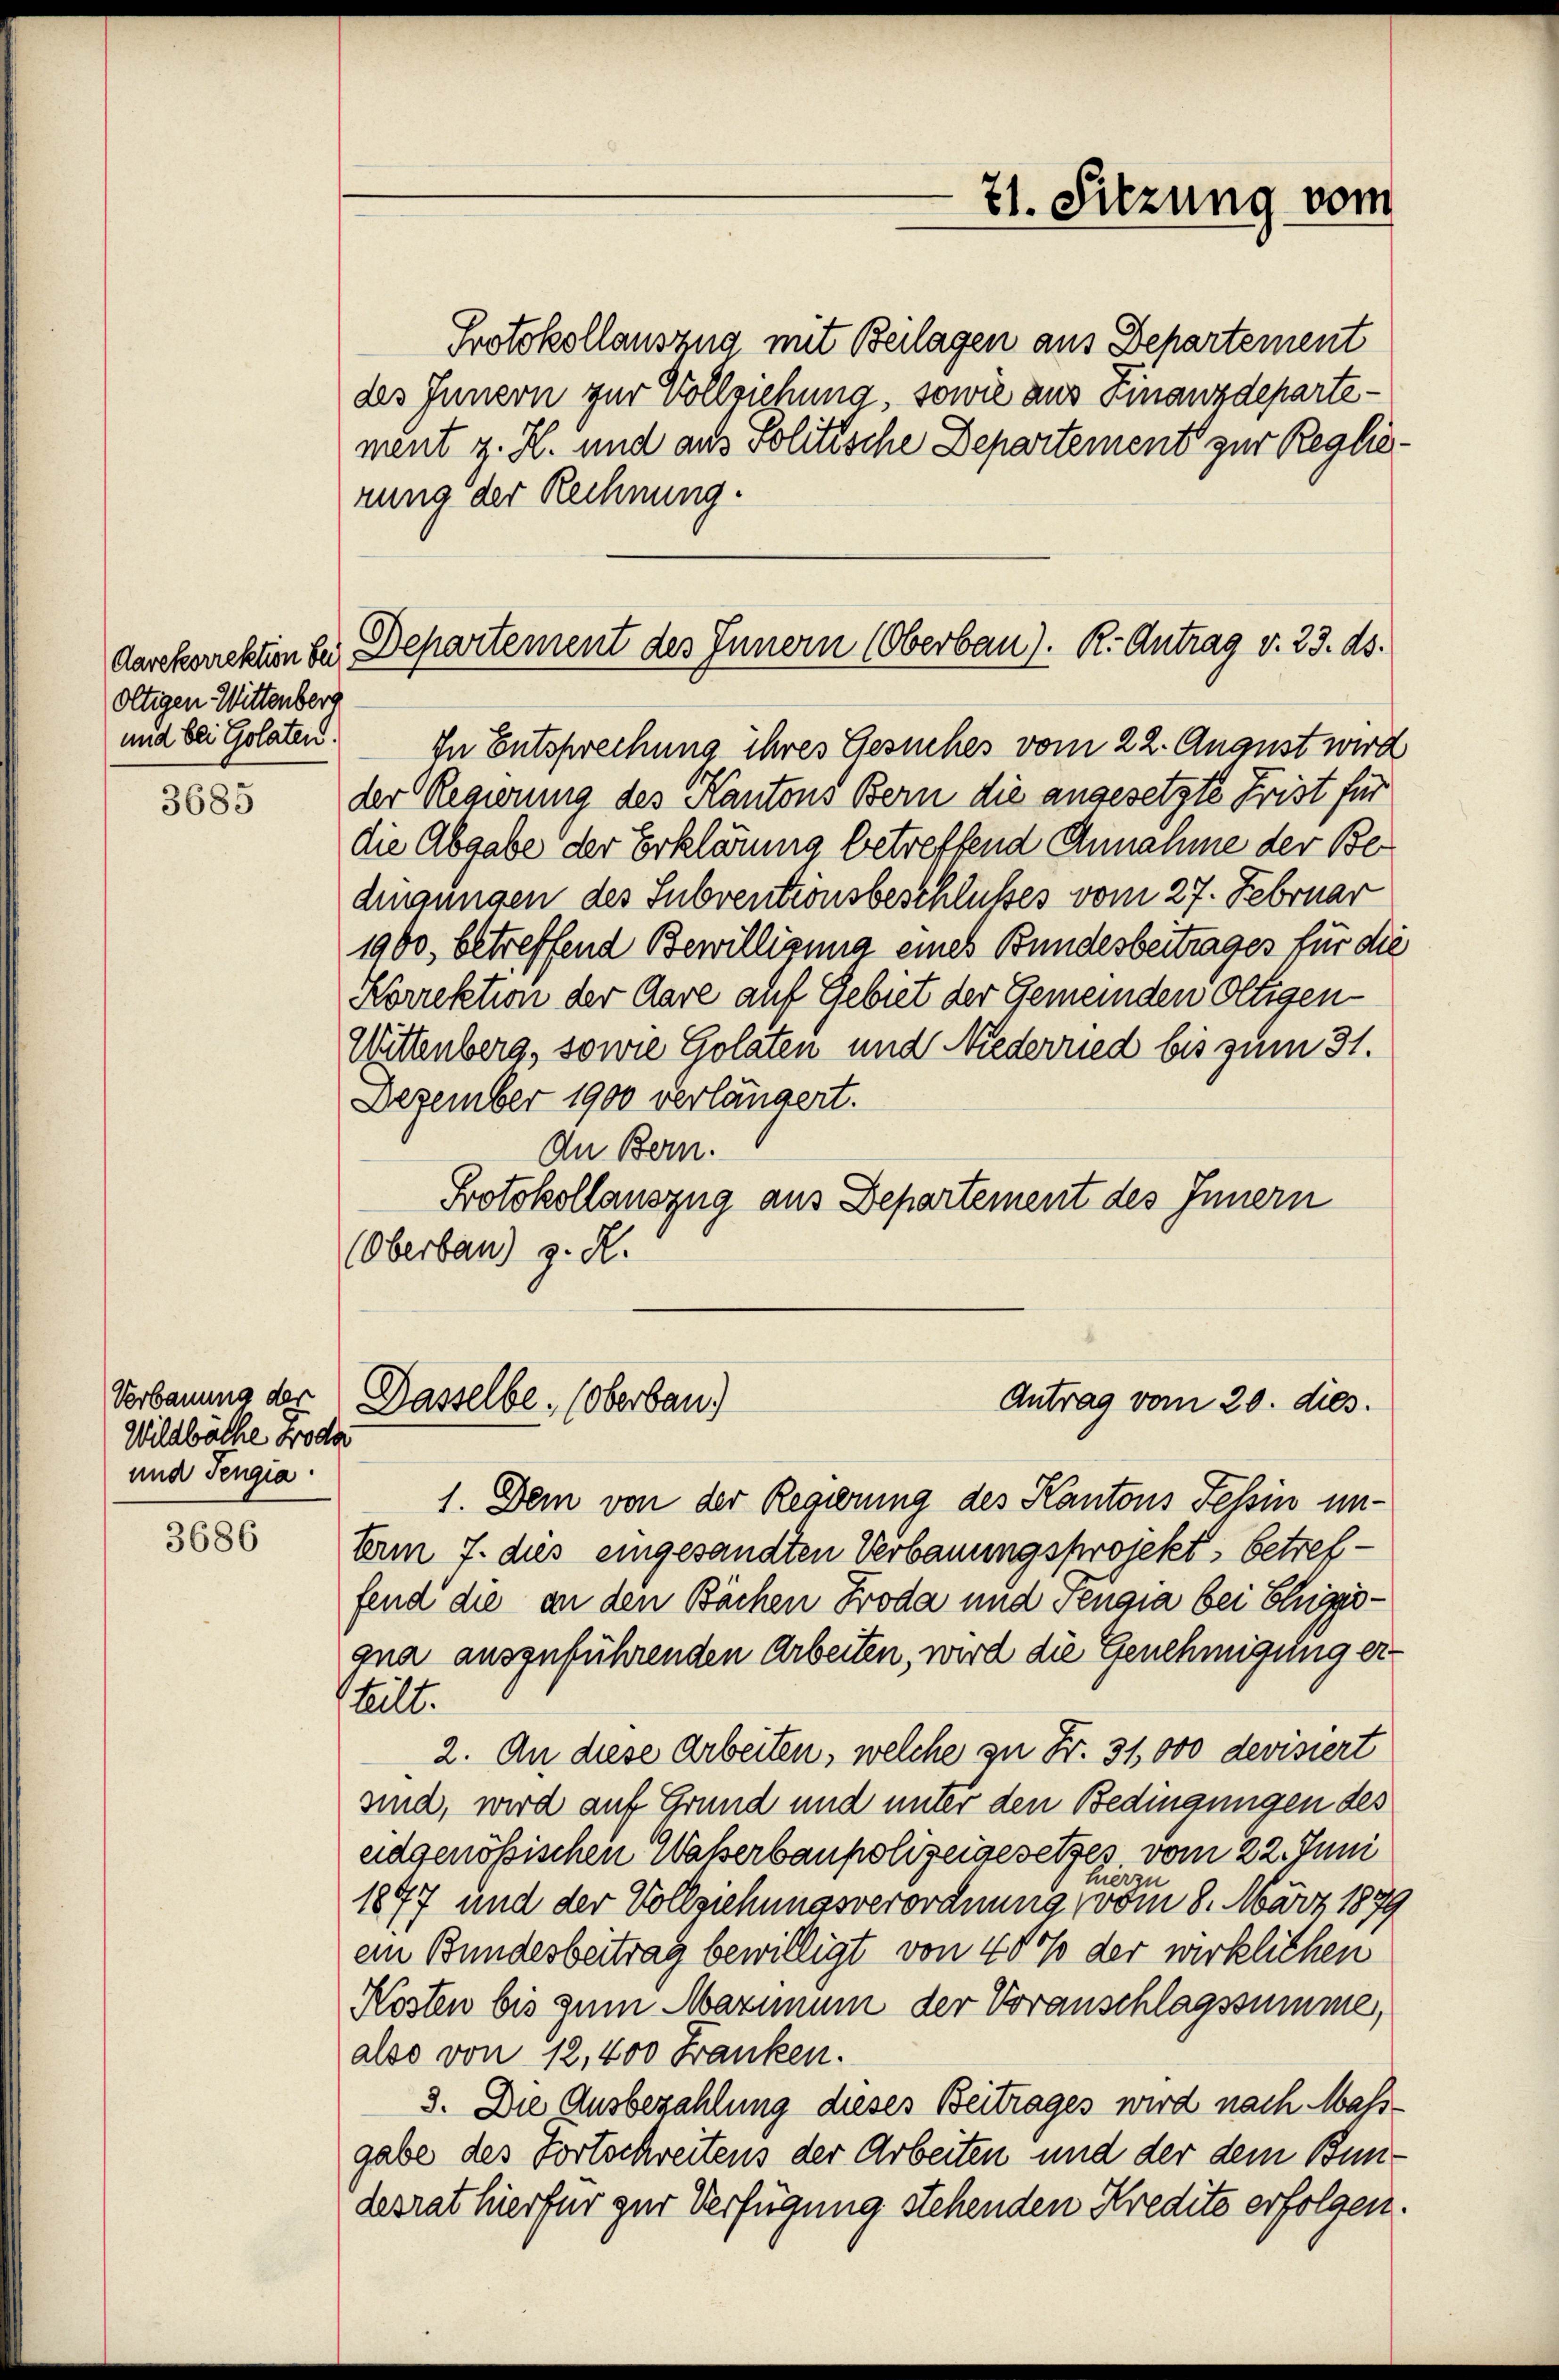
Oltigen Wittenberg
und bei Golaten.

3685

Wildbäche froder
und Tengia.

3686

Protokollauszug mit Beilagen aus Departement
des Innern zur Vollziehung, sowie aus Finanzdepartement z. H. und aus Politische Departement zur Reglerung der Rechnung.
In Entsprechung ihres Gesuches vom 22. August wird
der Regierung des Kantons Bern die angesetzte Frist für
die Abgabe der Erklärung betreffend Annahme der Bedingungen des Subventionsbeschlußes vom 27. Februar
1900, betreffend Bewilligung eines Bundesbeitrages für die
Korrektion der Aare auf Gebiet der Gemeinden Oltigen
Wittenberg, sowie Golaten und Niederried bis zum 31.
Dezember 1900 verlängert.
An Bern.
Protokollauszug aus Departement des Innern
(Oberbau) z. R.

71. Sitzung vom

darkorrektion bei Departement des Innern (Oberbau). R. Antrag v. 23. ds.

1. Dem von der Regierung des Kantons Tessin un¬
Arm 7. dies eingesandten Verbauungsprojekt, betreffend die an den Bächen Froda und Feugia bei Ehegegna auszuführenden Arbeiten, wird die Genehmigung erteilt.
2. An diese Arbeiten, welche zu Fr. 31,000 devisiert
sind, wird auf Grund und unter den Bedingungen des
eidgenössischen Waßerbaupolizeigesetzes vom 22. Juni
hierzu
1897 und der Vollziehungsverordnung vom 8. März 1879
ein Bundesbeitrag bewilligt von 40% der wirklichen
Kosten bis zum Marium der Voranschlagssumme,
also von 12,400 Franken.
3. Die Ausbezahlung dieses Beitrages wird nach Mass-
gabe des Fortschreitens der Arbeiten und der dem Bundesrat hierfür zur Verfügung stehenden Kredite erfolgen.

Verbauung der Dasselbe, (Oberbau.)
Antrag vom 20. dies